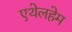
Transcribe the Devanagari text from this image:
एथेलहेम